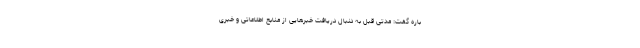
باره گفت: مدتی قبل به دنبال دریافت خبرهایی از منابع اطلاعاتی و خبری